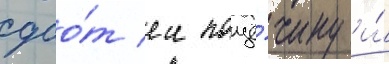
дао́т еи пощё́чину и́